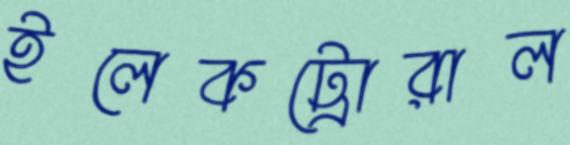
ইলেকট্রোরাল